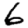
Digit: 6